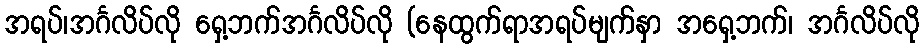
အရပ်၊အင်္ဂလိပ်လို ရှေ့ဘက်အင်္ဂလိပ်လို (နေထွက်ရာအရပ်မျက်နှာ အရှေ့ဘက်၊ အင်္ဂလိပ်လို